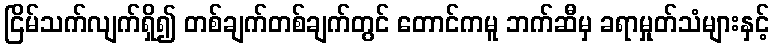
ငြိမ်သက်လျက်ရှိ၍ တစ်ချက်တစ်ချက်တွင် တောင်ကမူ ဘက်ဆီမှ ခရာမှုတ်သံများနှင့်